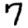
Digit: 7